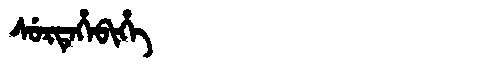
Manchu: ᠰᡠᡵᡨᡝᡥᡝᠪᡳᡥᡝ
Romanization: SURTEHEBIHE